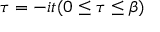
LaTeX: \tau = - i t ( 0 \leq \tau \leq \beta )